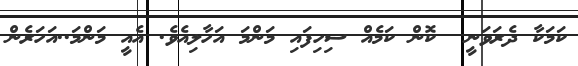
ކަމަކާ ދެރަވަނީ  ކޮން ކަމެއް ސިހިފައި މަންމަ އަހާލިއެވެ. އެއީ މަންމަ..އަހަރެން